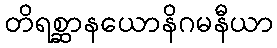
တိရစ္ဆာနယောနိဂမနီယာ